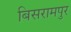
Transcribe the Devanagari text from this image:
बिसरामपुर